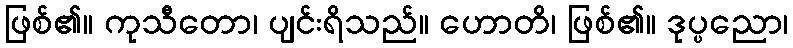
ဖြစ်၏။ ကုသီတော၊ ပျင်းရိသည်။ ဟောတိ၊ ဖြစ်၏။ ဒုပ္ပညော၊